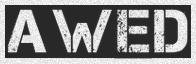
AWED